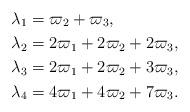
LaTeX: \begin{align*}\lambda_1 &= \varpi_2 + \varpi_3,\\\lambda_2 &= 2\varpi_1 + 2\varpi_2 + 2\varpi_3, \\\lambda_3 &= 2\varpi_1 + 2\varpi_2 + 3\varpi_3, \\\lambda_4 &= 4\varpi_1 + 4\varpi_2 + 7\varpi_3.\end{align*}